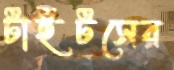
টাইটসের